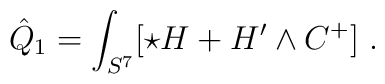
\hat Q_1 = \int_{S^7} [\star H +  H'\wedge C^+]\ .